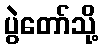
ပွဲတော်သို့